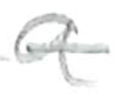
Text: a
Cross-out: single-line
Writing tool: pencil